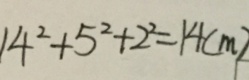
1 4 ^ { 2 } + 5 ^ { 2 } + 2 ^ { 2 } = 1 4 ( m )